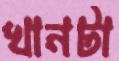
খানটা